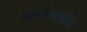
સમીકરણીય